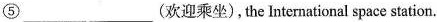
⑤___ ___(欢迎乘坐),the nternational space station.